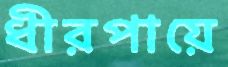
ধীরপায়ে